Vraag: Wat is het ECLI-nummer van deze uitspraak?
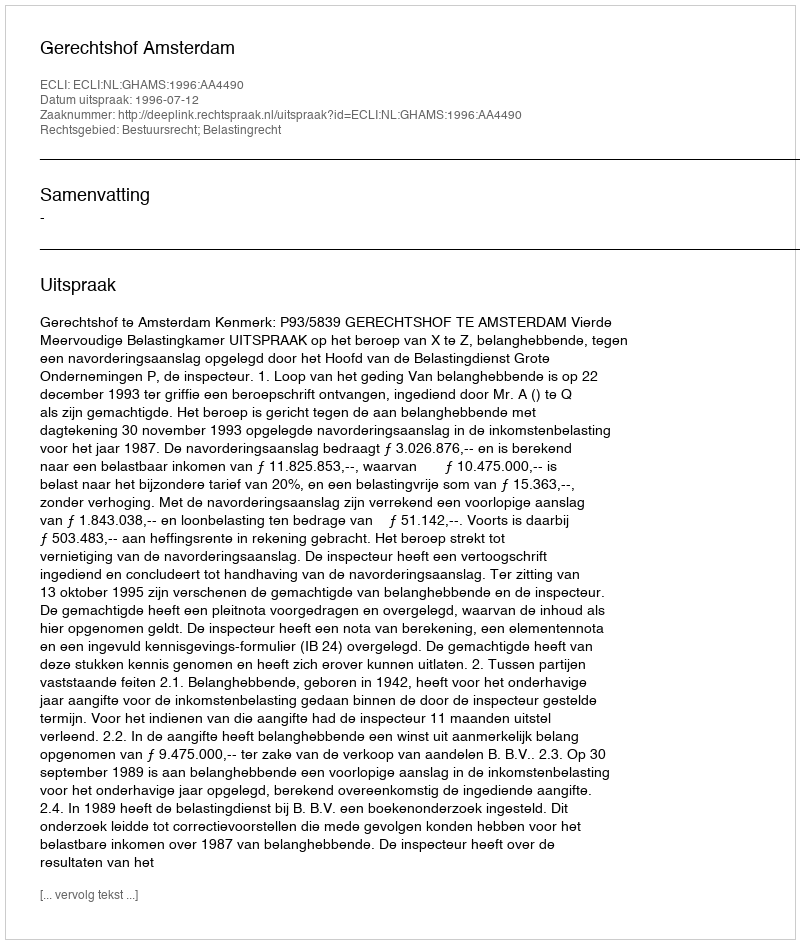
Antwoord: ECLI:NL:GHAMS:1996:AA4490